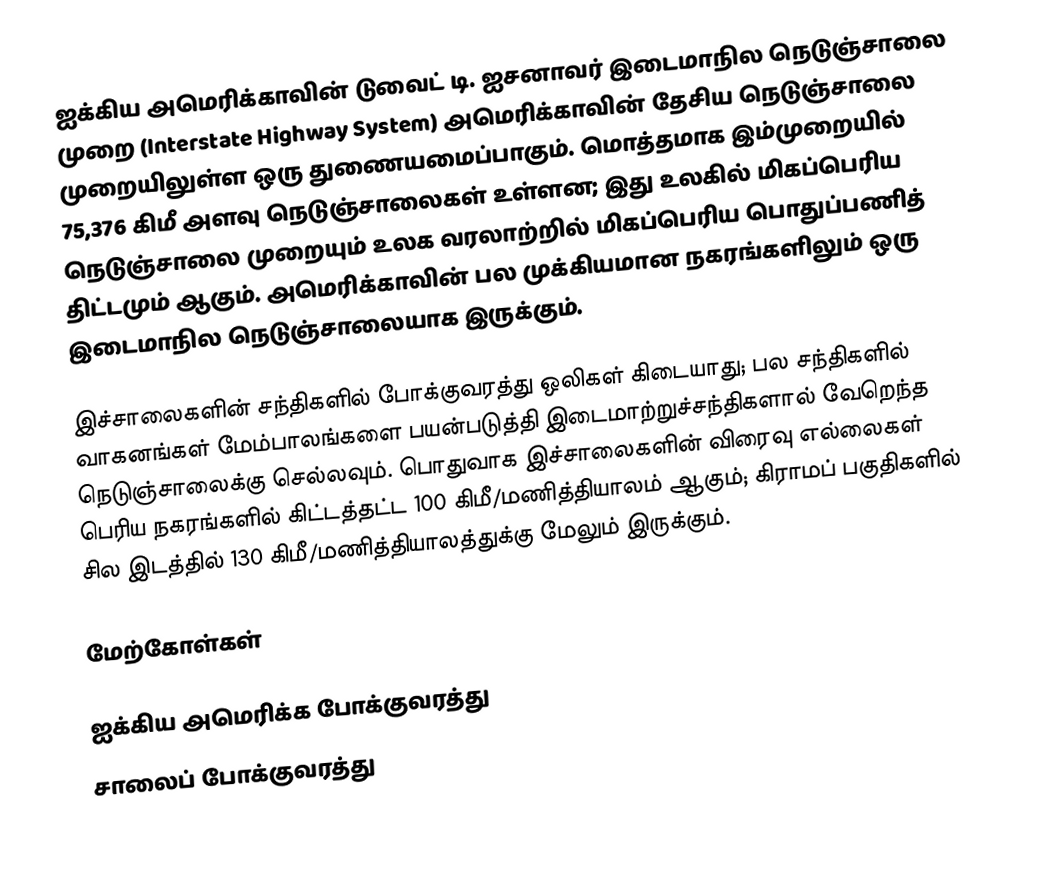
ஐக்கிய அமெரிக்காவின் டுவைட் டி. ஐசனாவர் இடைமாநில நெடுஞ்சாலை முறை (Interstate Highway System) அமெரிக்காவின் தேசிய நெடுஞ்சாலை முறையிலுள்ள ஒரு துணையமைப்பாகும். மொத்தமாக இம்முறையில் 75,376 கிமீ அளவு நெடுஞ்சாலைகள் உள்ளன; இது உலகில் மிகப்பெரிய நெடுஞ்சாலை முறையும் உலக வரலாற்றில் மிகப்பெரிய பொதுப்பணித் திட்டமும் ஆகும். அமெரிக்காவின் பல முக்கியமான நகரங்களிலும் ஒரு இடைமாநில நெடுஞ்சாலையாக இருக்கும்.

இச்சாலைகளின் சந்திகளில் போக்குவரத்து ஒலிகள் கிடையாது; பல சந்திகளில் வாகனங்கள் மேம்பாலங்களை பயன்படுத்தி இடைமாற்றுச்சந்திகளால் வேறெந்த நெடுஞ்சாலைக்கு செல்லவும். பொதுவாக இச்சாலைகளின் விரைவு எல்லைகள் பெரிய நகரங்களில் கிட்டத்தட்ட 100 கிமீ/மணித்தியாலம் ஆகும்; கிராமப் பகுதிகளில் சில இடத்தில் 130 கிமீ/மணித்தியாலத்துக்கு மேலும் இருக்கும்.

மேற்கோள்கள்

ஐக்கிய அமெரிக்க போக்குவரத்து
சாலைப் போக்குவரத்து